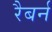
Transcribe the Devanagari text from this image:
रैबर्न